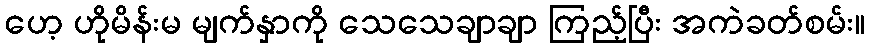
ဟေ့ ဟိုမိန်းမ မျက်နှာကို သေသေချာချာ ကြည့်ပြီး အကဲခတ်စမ်း။